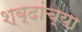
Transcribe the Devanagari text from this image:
श्ब्दांच्या